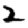
Digit: 2